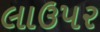
લાઉપર